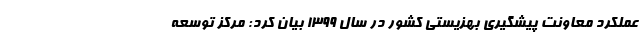
عملکرد معاونت پیشگیری بهزیستی کشور در سال ۱۳۹۹ بیان کرد: مرکز توسعه